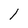
Character: l